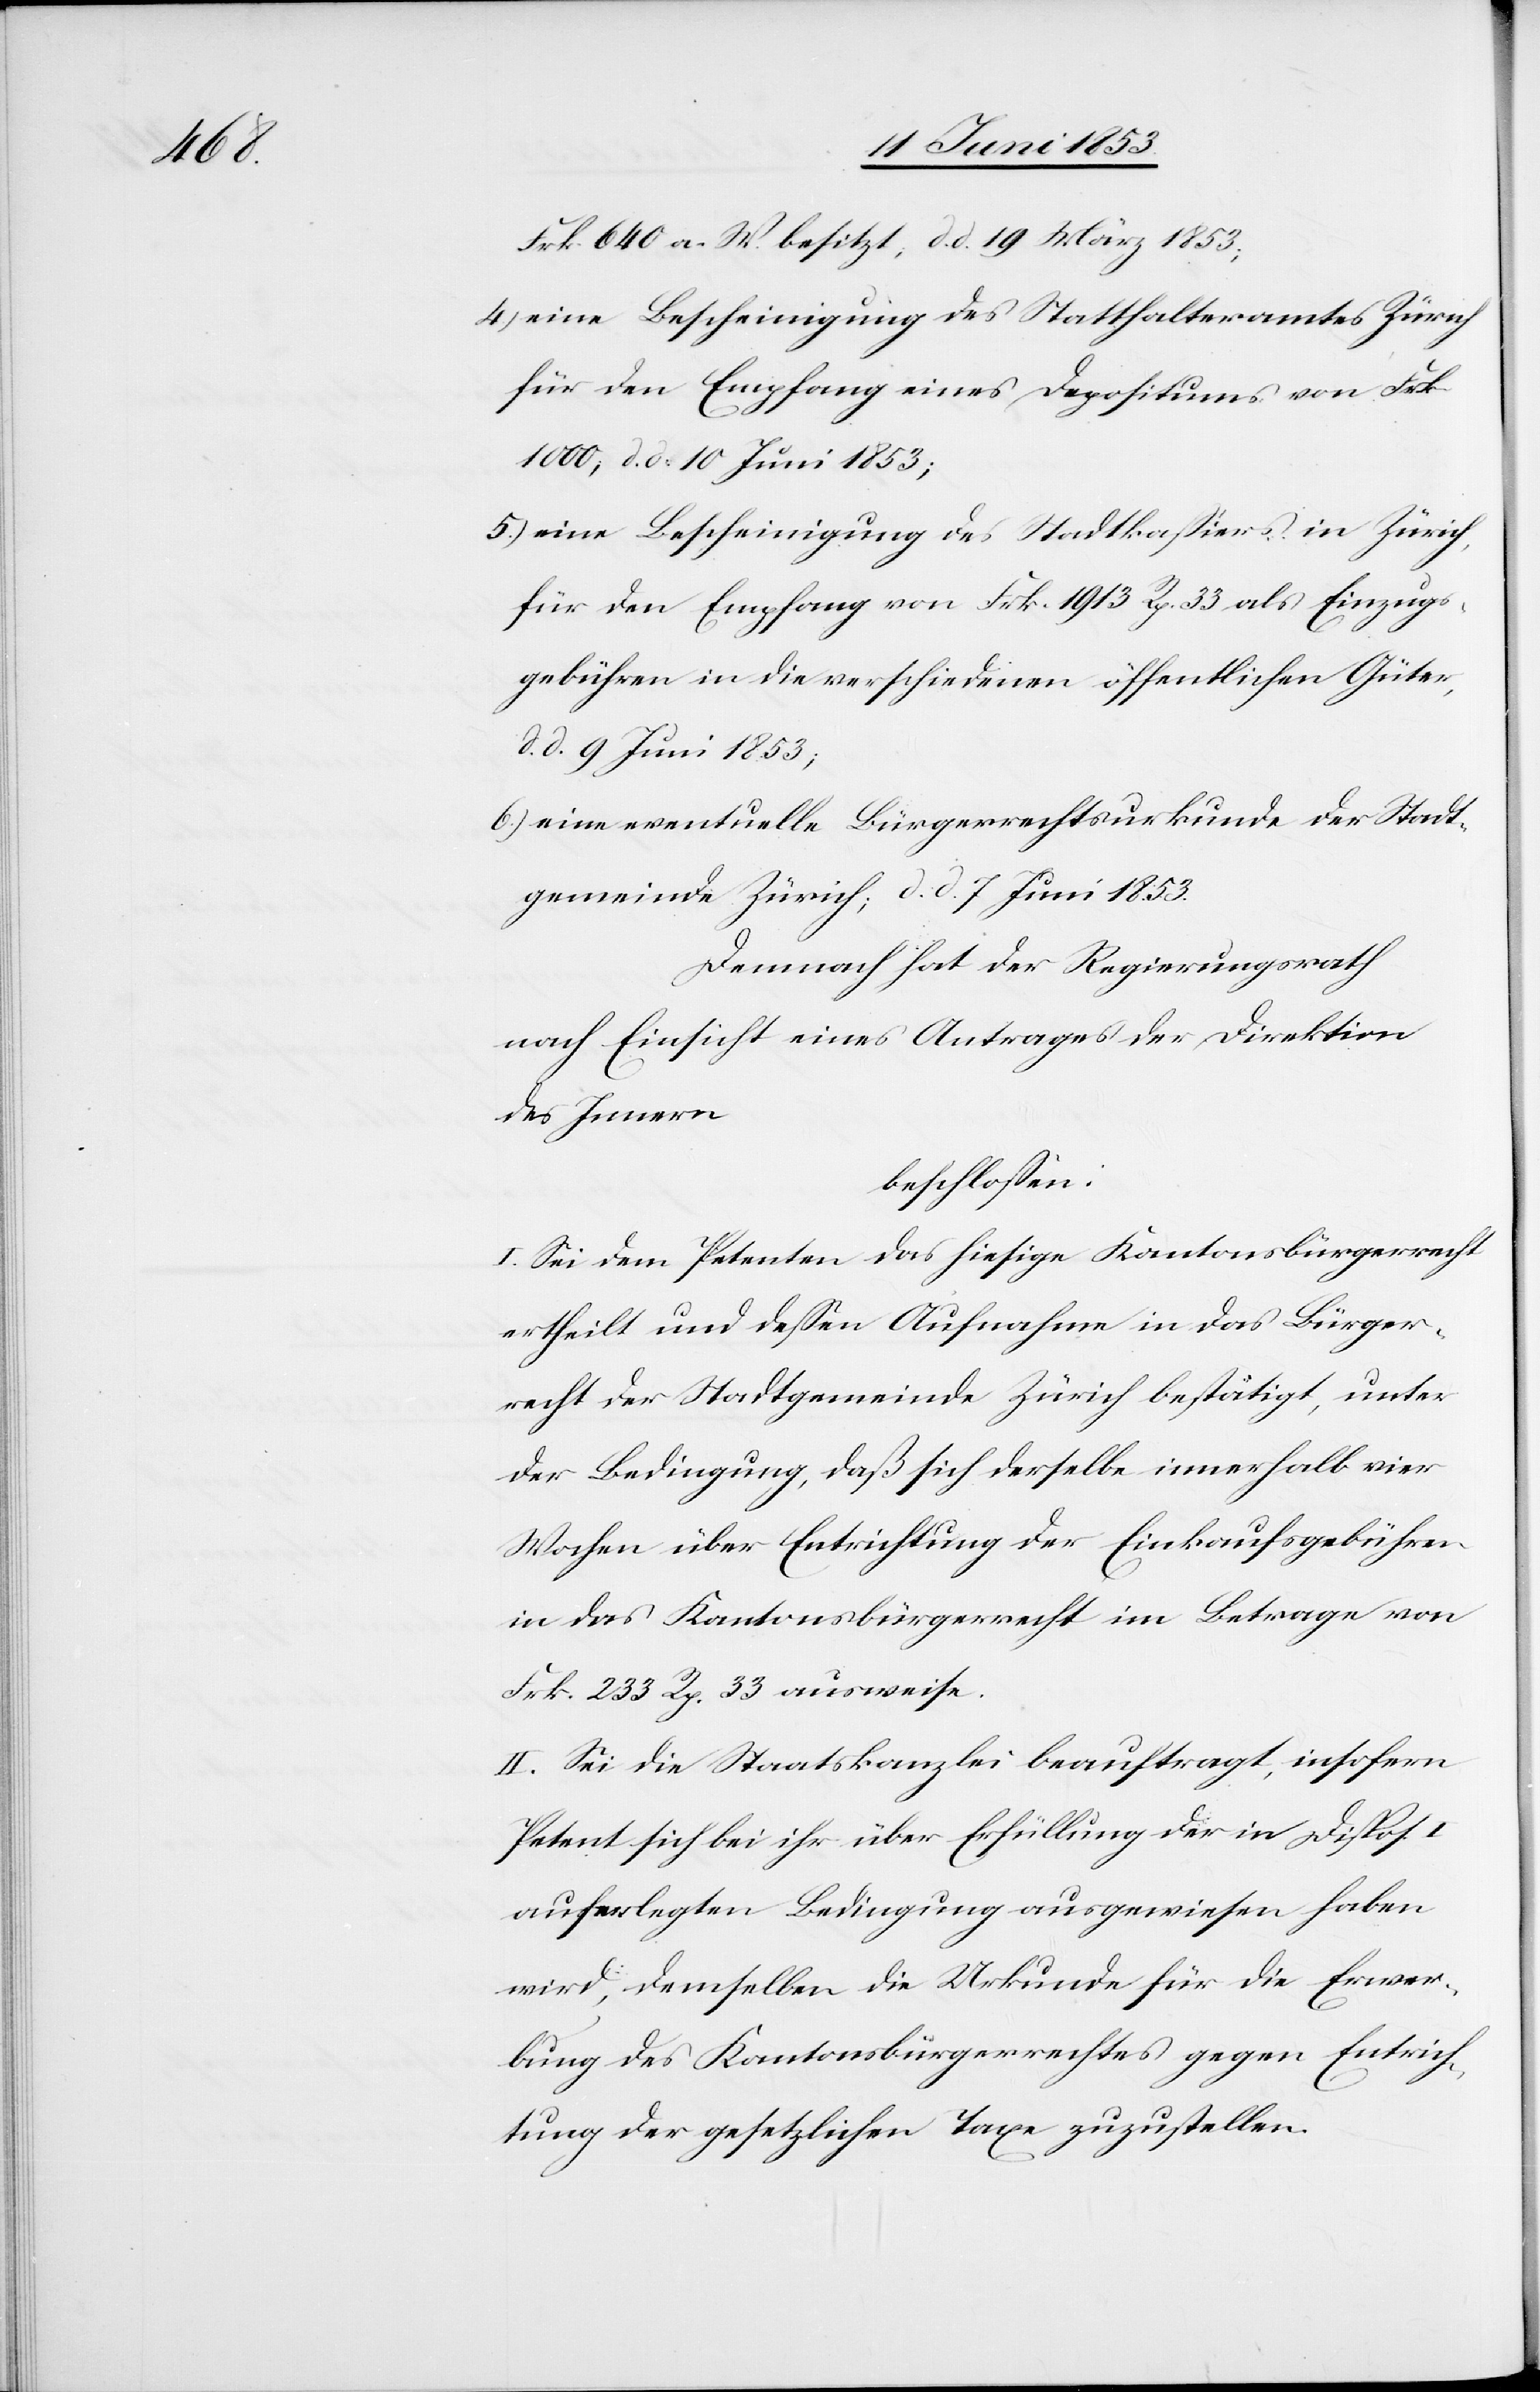
Frk. 640 a. W. besitzt, d. d. 19 März 1853;
4) eine Bescheinigung des Statthalteramtes Zürich
für den Empfang eines Depositums von Frk.
1000, d. d. 10 Juni 1853;
5.) eine Bescheinigung des Stadtkaßiers in Zürich,
für den Empfang von Frk. 1913 Rp. 33 als Einzugs¬
gebühren in die verschiedenen öffentlichen Güter,
d. d. 9 Juni 1853;
6.) eine eventuelle Bürgerrechtsurkunde der Stadt¬
gemeinde Zürich; d. d. 7 Juni 1853.
Demnach hat der Regierungsrath
nach Einsicht eines Antrages der Direktion
des Innern
beschloßen:
I. Sei dem Petenten das hiesige Kantonsbürgerrecht
ertheilt und deßen Aufnahme in das Bürger¬
recht der Stadtgemeinde Zürich bestätigt, unter
der Bedingung, daß sich derselbe innerhalb vier
Wochen über Entrichtung der Einkaufsgebühren
in das Kantonsbürgerrecht im Betrage von
Frk. 233 Rp. 33 ausweise.
II. Sei die Staatskanzlei beauftragt, insofern
Petent sich bei ihr über Erfüllung der in Dispos.
auferlegten Bedingung ausgewiesen haben
wird, demselben die Urkunde für die Erwer¬
bung des Kantonsbürgerrechtes gegen Entrich¬
tung der gesetzlichen Taxe zuzustellen.